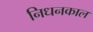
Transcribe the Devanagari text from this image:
निधनकाल